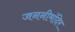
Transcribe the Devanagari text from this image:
जननीमंदिर